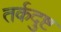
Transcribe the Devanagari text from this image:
तर्कदुष्ट